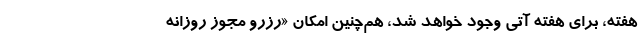
هفته، برای هفته آتی وجود خواهد شد، هم‌چنین امکان «رزرو مجوز روزانه